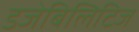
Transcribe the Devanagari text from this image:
डजेबिलिटिज